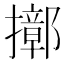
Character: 𢷢